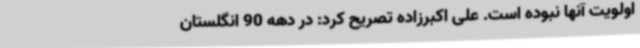
اولویت آنها نبوده است. علی اکبرزاده تصریح کرد: در دهه 90 انگلستان